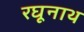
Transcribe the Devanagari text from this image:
रघूनाथ